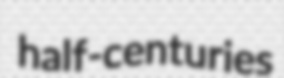
half-centuries